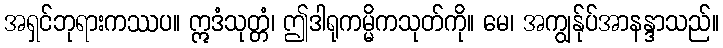
အရှင်ဘုရားကဿပ။ ဣဒံသုတ္တံ၊ ဤဒါရုကမ္မိကသုတ်ကို။ မေ၊ အကျွန်ုပ်အာနန္ဒာသည်။